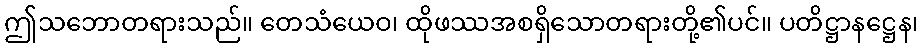
ဤသဘောတရားသည်။ တေသံယေဝ၊ ထိုဖဿအစရှိသောတရားတို့၏ပင်။ ပတိဋ္ဌာနဋ္ဌေန၊